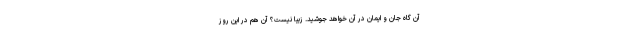
آن گاه جان و ایمان در آن خواهد جوشید. زیبا نیست؟ آن هم در این روز